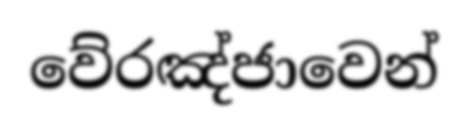
වේරඤ්ජාවෙන්